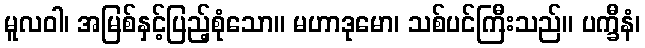
မူလဝါ၊ အမြစ်နှင့်ပြည့်စုံသော။ မဟာဒုမော၊ သစ်ပင်ကြီးသည်။ ပက္ခီနံ၊